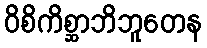
ဝိစိကိစ္ဆာဘိဘူတေန